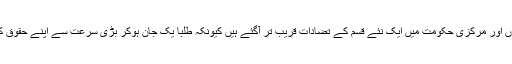
اس طرح پاکستان کی صوبائی حکومتوں اور مرکزی حکومت میں ایک نئے قسم کے تضادات قریب تر آگئے ہیں کیونکہ طلبا یک جان ہوکر بڑی سرعت سے اپنے حقوق کی بحالی کے لیے سرگرم ہوچکے ہیں۔